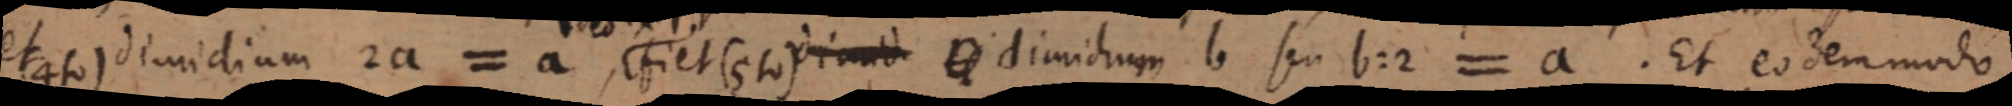
et (4 to) dimidium 2a = a, fiet (5 to) dimid _ dimidum b seu b:2 = a. Et eodem modo